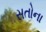
સતોના